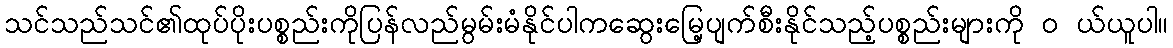
သင်သည်သင်၏ထုပ်ပိုးပစ္စည်းကိုပြန်လည်မွမ်းမံနိုင်ပါကဆွေးမြေ့ပျက်စီးနိုင်သည့်ပစ္စည်းများကို ၀ ယ်ယူပါ။